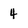
Character: 4